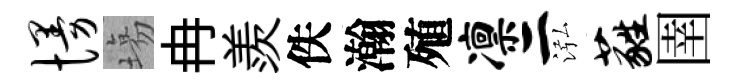
慢塲冉羨佚瀚殖凛二泓蕤圉